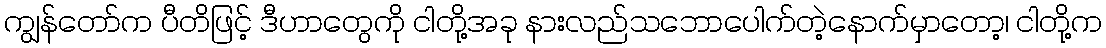
ကျွန်တော်က ပီတိဖြင့် ဒီဟာတွေကို ငါတို့အခု နားလည်သဘောပေါက်တဲ့နောက်မှာတော့၊ ငါတို့က